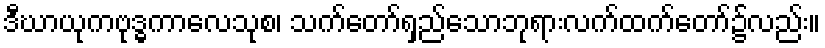
ဒီဃာယုကဗုဒ္ဓကာလေသုစ၊ သက်တော်ရှည်သောဘုရားလက်ထက်တော်၌လည်း။